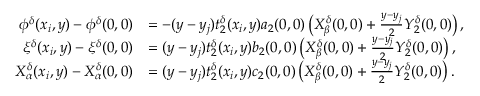
\begin{array} { r l } { \phi ^ { \delta } ( x _ { i } , y ) - \phi ^ { \delta } ( 0 , 0 ) } & { = - ( y - y _ { j } ) t _ { 2 } ^ { \delta } ( x _ { i } , y ) a _ { 2 } ( 0 , 0 ) \left( X _ { \beta } ^ { \delta } ( 0 , 0 ) + \textstyle \frac { y - y _ { j } } { 2 } Y _ { 2 } ^ { \delta } ( 0 , 0 ) \right) , } \\ { \xi ^ { \delta } ( x _ { i } , y ) - \xi ^ { \delta } ( 0 , 0 ) } & { = ( y - y _ { j } ) t _ { 2 } ^ { \delta } ( x _ { i } , y ) b _ { 2 } ( 0 , 0 ) \left( X _ { \beta } ^ { \delta } ( 0 , 0 ) + \textstyle \frac { y - y _ { j } } { 2 } Y _ { 2 } ^ { \delta } ( 0 , 0 ) \right) , } \\ { X _ { \alpha } ^ { \delta } ( x _ { i } , y ) - X _ { \alpha } ^ { \delta } ( 0 , 0 ) } & { = ( y - y _ { j } ) t _ { 2 } ^ { \delta } ( x _ { i } , y ) c _ { 2 } ( 0 , 0 ) \left( X _ { \beta } ^ { \delta } ( 0 , 0 ) + \textstyle \frac { y - y _ { j } } { 2 } Y _ { 2 } ^ { \delta } ( 0 , 0 ) \right) . } \end{array}